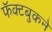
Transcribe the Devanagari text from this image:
फॅक्टबुकने